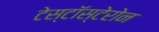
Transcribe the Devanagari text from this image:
टेस्टॉस्टेरोन